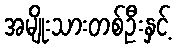
အမျိုးသားတစ်ဦးနှင့်